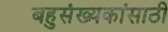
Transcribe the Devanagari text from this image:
बहुसंख्यकांसाठी